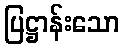
ပြဋ္ဌာန်းသော